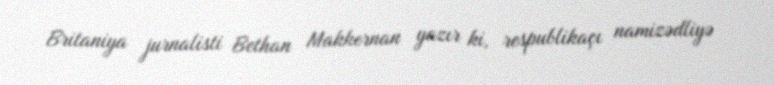
Britaniya jurnalisti Bethan Makkernan yazır ki, respublikaçı namizədliyə